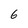
Character: 6